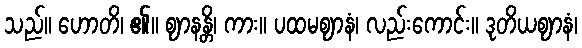
သည်။ ဟောတိ၊ ၏။ ဈာနန္တိ၊ ကား။ ပထမဈာနံ၊ လည်းကောင်း။ ဒုတိယဈာနံ၊